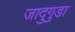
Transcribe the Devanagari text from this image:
जादुगुडा